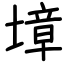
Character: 墇